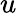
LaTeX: u